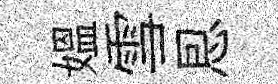
媪雪㤙